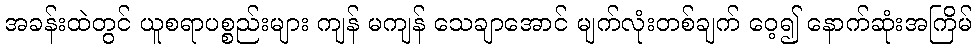
အခန်းထဲတွင် ယူစရာပစ္စည်းများ ကျန် မကျန် သေချာအောင် မျက်လုံးတစ်ချက် ဝေ့၍ နောက်ဆုံးအကြိမ်